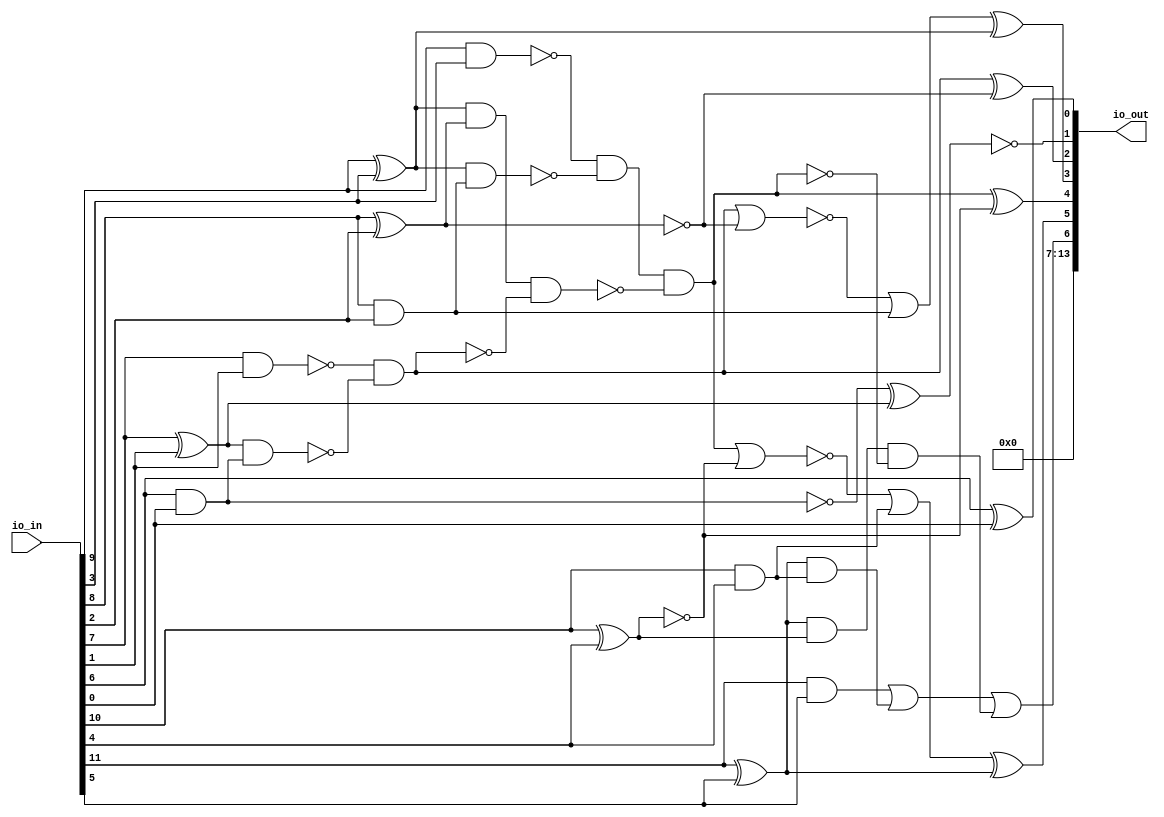
/* Generated by Yosys 0.25+83 (git sha1 755b753e1, aarch64-apple-darwin20.2-clang 10.0.0-4ubuntu1 -fPIC -Os) */

/* top =  1  */
/* src = "d01_example_adder/src/toplevel_chip.v:4.1-18.10" */
module d01_example_adder(io_in, io_out);
  wire _00_;
  wire _01_;
  wire _02_;
  wire _03_;
  wire _04_;
  wire _05_;
  wire _06_;
  wire _07_;
  wire _08_;
  wire _09_;
  wire _10_;
  wire _11_;
  wire _12_;
  wire _13_;
  wire _14_;
  wire _15_;
  wire _16_;
  wire _17_;
  wire _18_;
  wire _19_;
  wire _20_;
  wire _21_;
  wire _22_;
  wire _23_;
  wire _24_;
  wire _25_;
  /* src = "d01_example_adder/src/toplevel_chip.v:5.18-5.23" */
  input [13:0] io_in;
  wire [13:0] io_in;
  /* src = "d01_example_adder/src/toplevel_chip.v:6.19-6.25" */
  output [13:0] io_out;
  wire [13:0] io_out;
  /* hdlname = "mchip clock" */
  /* src = "d01_example_adder/src/toplevel_chip.v:9.13-14.6|d01_example_adder/src/chip.sv:5.17-5.22" */
  /* unused_bits = "0" */
  wire \mchip.clock ;
  /* hdlname = "mchip io_in" */
  /* src = "d01_example_adder/src/toplevel_chip.v:9.13-14.6|d01_example_adder/src/chip.sv:4.24-4.29" */
  wire [11:0] \mchip.io_in ;
  /* hdlname = "mchip io_out" */
  /* src = "d01_example_adder/src/toplevel_chip.v:9.13-14.6|d01_example_adder/src/chip.sv:6.25-6.31" */
  wire [11:0] \mchip.io_out ;
  /* hdlname = "mchip reset" */
  /* src = "d01_example_adder/src/toplevel_chip.v:9.13-14.6|d01_example_adder/src/chip.sv:5.24-5.29" */
  /* unused_bits = "0" */
  wire \mchip.reset ;
  assign _00_ = io_in[11] ^ io_in[5];
  assign _01_ = ~(io_in[10] ^ io_in[4]);
  assign _02_ = _00_ & ~(_01_);
  assign _03_ = ~(io_in[9] & io_in[3]);
  assign _04_ = io_in[9] ^ io_in[3];
  assign _05_ = ~(io_in[8] & io_in[2]);
  assign _06_ = _04_ & ~(_05_);
  assign _07_ = _03_ & ~(_06_);
  assign _08_ = ~(io_in[8] ^ io_in[2]);
  assign _09_ = _04_ & ~(_08_);
  assign _10_ = ~(io_in[7] & io_in[1]);
  assign _11_ = io_in[7] ^ io_in[1];
  assign _12_ = ~(io_in[6] & io_in[0]);
  assign _13_ = _11_ & ~(_12_);
  assign _14_ = _10_ & ~(_13_);
  assign _15_ = _09_ & ~(_14_);
  assign _16_ = _07_ & ~(_15_);
  assign _17_ = _02_ & ~(_16_);
  assign _18_ = ~(io_in[10] & io_in[4]);
  assign _19_ = _00_ & ~(_18_);
  assign _20_ = io_in[11] & io_in[5];
  assign _21_ = _20_ | _19_;
  assign io_out[6] = _21_ | _17_;
  assign io_out[1] = ~(_12_ ^ _11_);
  assign io_out[2] = _14_ ^ _08_;
  assign _22_ = ~(_14_ | _08_);
  assign _23_ = _22_ | ~(_05_);
  assign io_out[3] = _23_ ^ _04_;
  assign io_out[4] = _16_ ^ _01_;
  assign _24_ = ~(_16_ | _01_);
  assign _25_ = _24_ | ~(_18_);
  assign io_out[5] = _25_ ^ _00_;
  assign io_out[0] = io_in[6] ^ io_in[0];
  assign io_out[13:7] = 7'h00;
  assign \mchip.clock  = io_in[12];
  assign \mchip.io_in  = io_in[11:0];
  assign \mchip.io_out  = { 5'h00, io_out[6:0] };
  assign \mchip.reset  = io_in[13];
endmodule